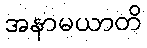
အနာမယာတိ